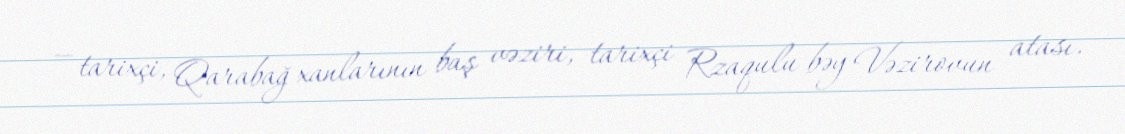
— tarixçi, Qarabağ xanlarının baş vəziri, tarixçi Rzaqulu bəy Vəzirovun atası.